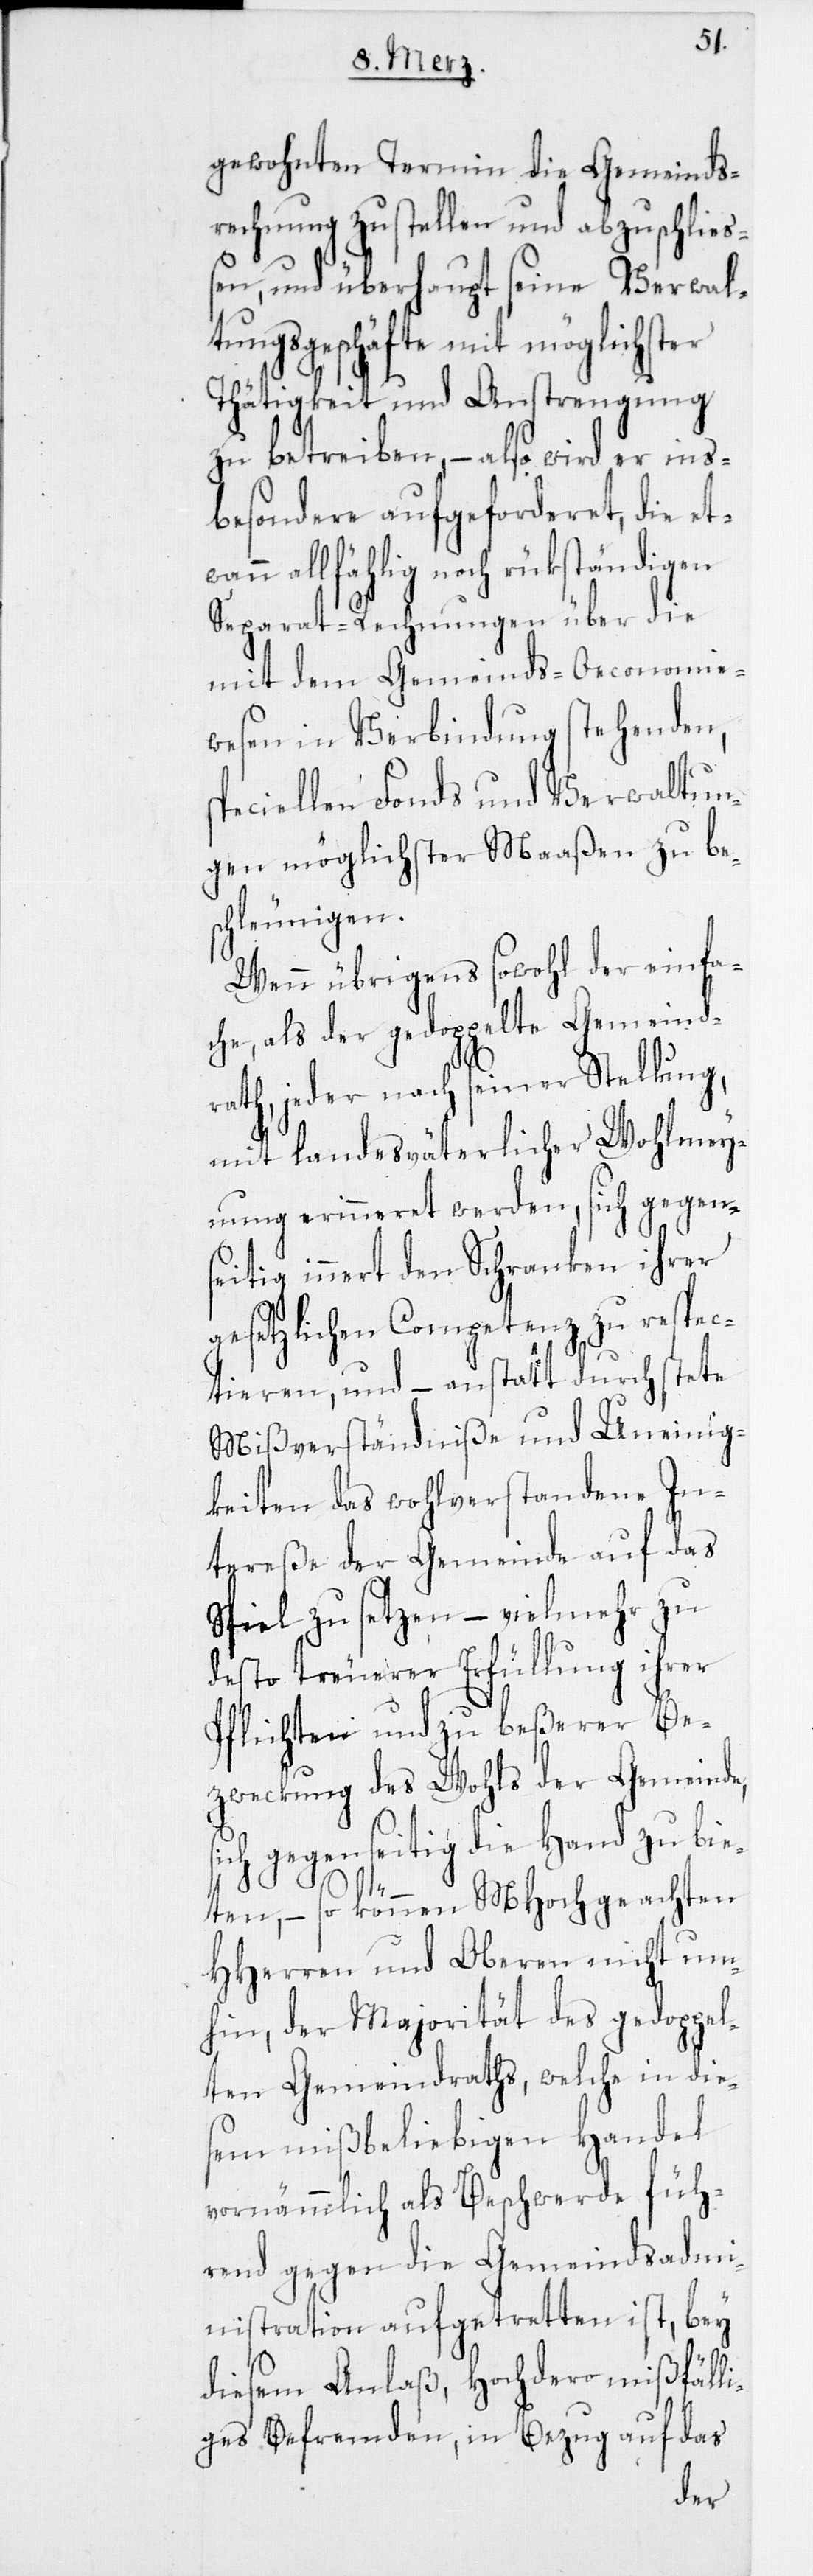
gewohnten Ter¬
erde
fü¬
rechnung zu stell¬
h¬
en, und überhau¬
auf
tungsgeschäfte mit
ist,
Tätigkeit und Anstrengung
zu betreiben, – also w¬
besondere aufgeforder¬
allfählig noch r¬
Separat-Rechnungen ü¬
mit dem Gemein¬
wesen in Verbindung
peciellen Fonds und
gen möglichster Ma¬
schleunigen.
en
Wenn übrigens sowohl
che, als der gedoppelte Gemeind¬
rath, jeder nach seiner Stellung,
ohlmey¬
mit landesväterlicher
nung erinneret werden, sich gegen¬
seitig innert den Schranken ihrer
gesetzlichen Competenz zu respec¬
tieren, und – anstatt durch stete
Mißverständniße und Uneinig¬
keiten das wohlverstandene In¬
tereße der Gemeinde auf das
Spiel zu setzen – vielmehr zu
desto treuerer Erfüllung ihrer
Pflichten und zu beßerer Be¬
zweckung des Wohls der Gemeinde,
ich gegenseitig die Hand zu bie¬
ten; – so können MHochge¬
HHerren und Oberen n¬
hin, der Majorität
ten Gemeindraths, wel¬
sem mißbeliebigen
vornämmlich als Beschw¬
rend gegen die Gemeindsadmi¬
be¬
nistration aufgetre¬
mi¬
ßfäll¬
ß,
diesem Anla¬
das
in
iges Befremden,